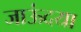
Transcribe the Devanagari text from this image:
जाऊंदया